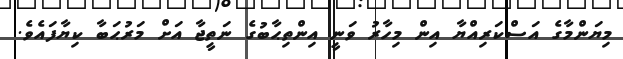
މިޔަންމާގެ އަސްކަރިއްޔާ އިން މިހާރު ވަނީ އިންތިޙާބުގެ ނަތީޖާ އަށް މަރުޙަބާ ކިޔާފައެވެ.